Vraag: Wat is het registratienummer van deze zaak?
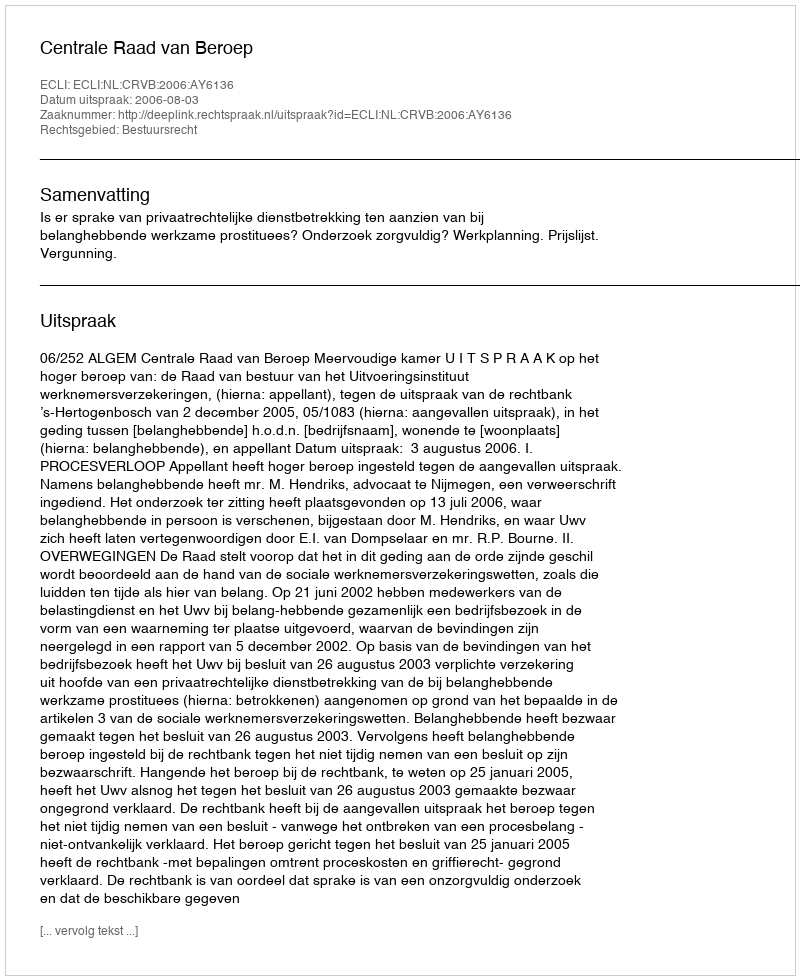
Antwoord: http://deeplink.rechtspraak.nl/uitspraak?id=ECLI:NL:CRVB:2006:AY6136